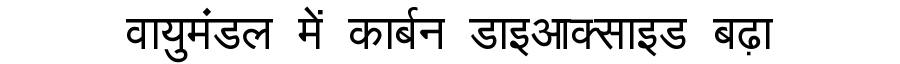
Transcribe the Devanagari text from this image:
वायुमंडल में कार्बन डाइआक्साइड बढ़ा